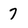
Character: 7